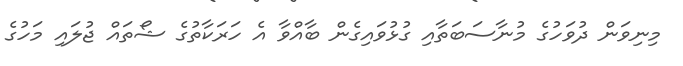
މިނިވަން ދުވަހުގެ މުނާސަބަތާއި ގުޅުވައިގެން ބާއްވާ އެ ހަރަކާތުގެ ޝޯތައް ޖުލައި މަހުގެ